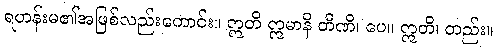
ရဟန်းမ၏အဖြစ်လည်းကောင်း။ ဣတိ ဣမာနိ တီဏိ၊ ပေ။ ဣတိ၊ တည်း။